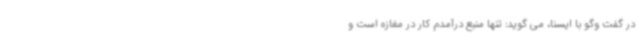
در گفت وگو با ایسنا، می گوید: تنها منبع درآمدم کار در مغازه است و